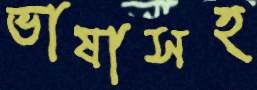
ভাষাসহ